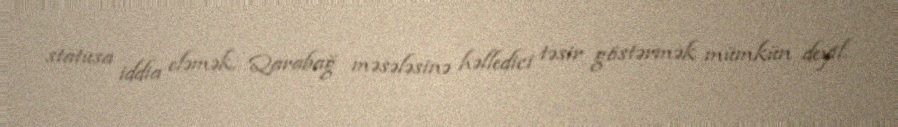
statusa iddia eləmək, Qarabağ məsələsinə həlledici təsir göstərmək mümkün deyil.